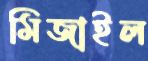
মিজাইল